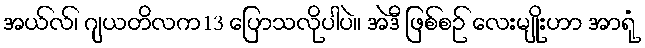
အယ်လ်၊ ဂျယတိလက13 ပြောသလိုပါပဲ။ အဲဒီ ဖြစ်စဉ် လေးမျိုးဟာ အာရုံ